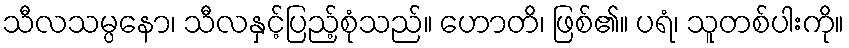
သီလသမ္ပနော၊ သီလနှင့်ပြည့်စုံသည်။ ဟောတိ၊ ဖြစ်၏။ ပရံ၊ သူတစ်ပါးကို။